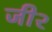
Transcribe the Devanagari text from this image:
जी२